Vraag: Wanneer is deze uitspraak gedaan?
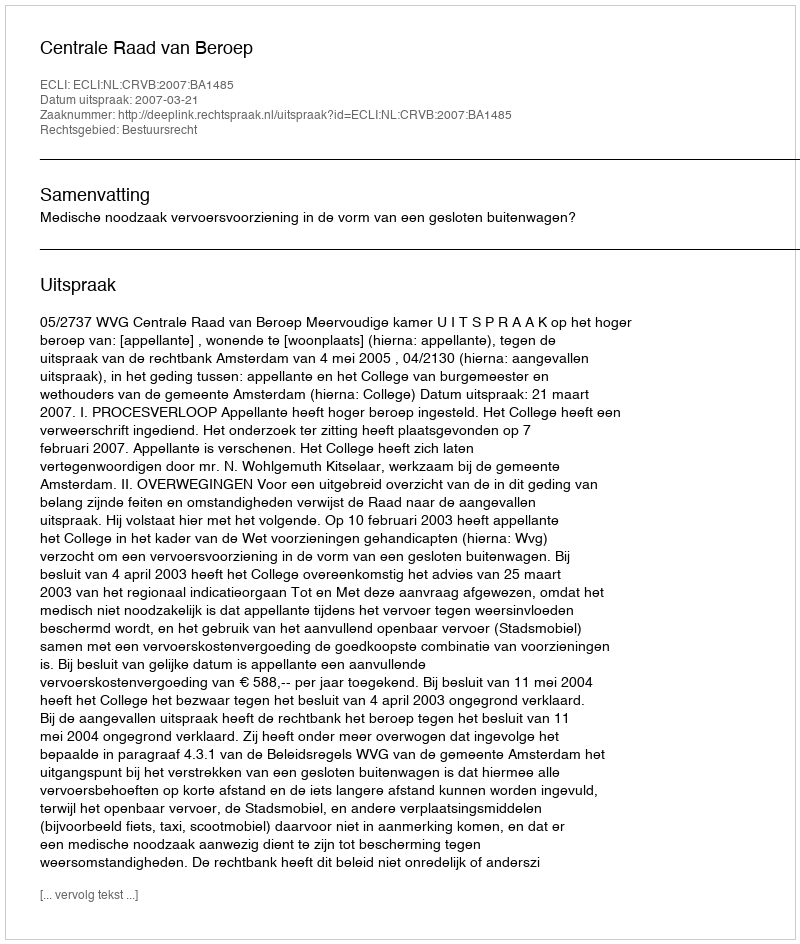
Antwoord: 2007-03-21